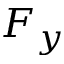
F _ { y }